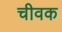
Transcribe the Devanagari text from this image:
चीवक